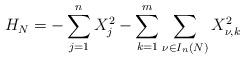
LaTeX: \begin{align*}H_N=-\sum^n_{j=1}X_j^2-\sum^m_{k=1} \sum_{\nu\in I_n(N)} X_{\nu,k}^2\end{align*}